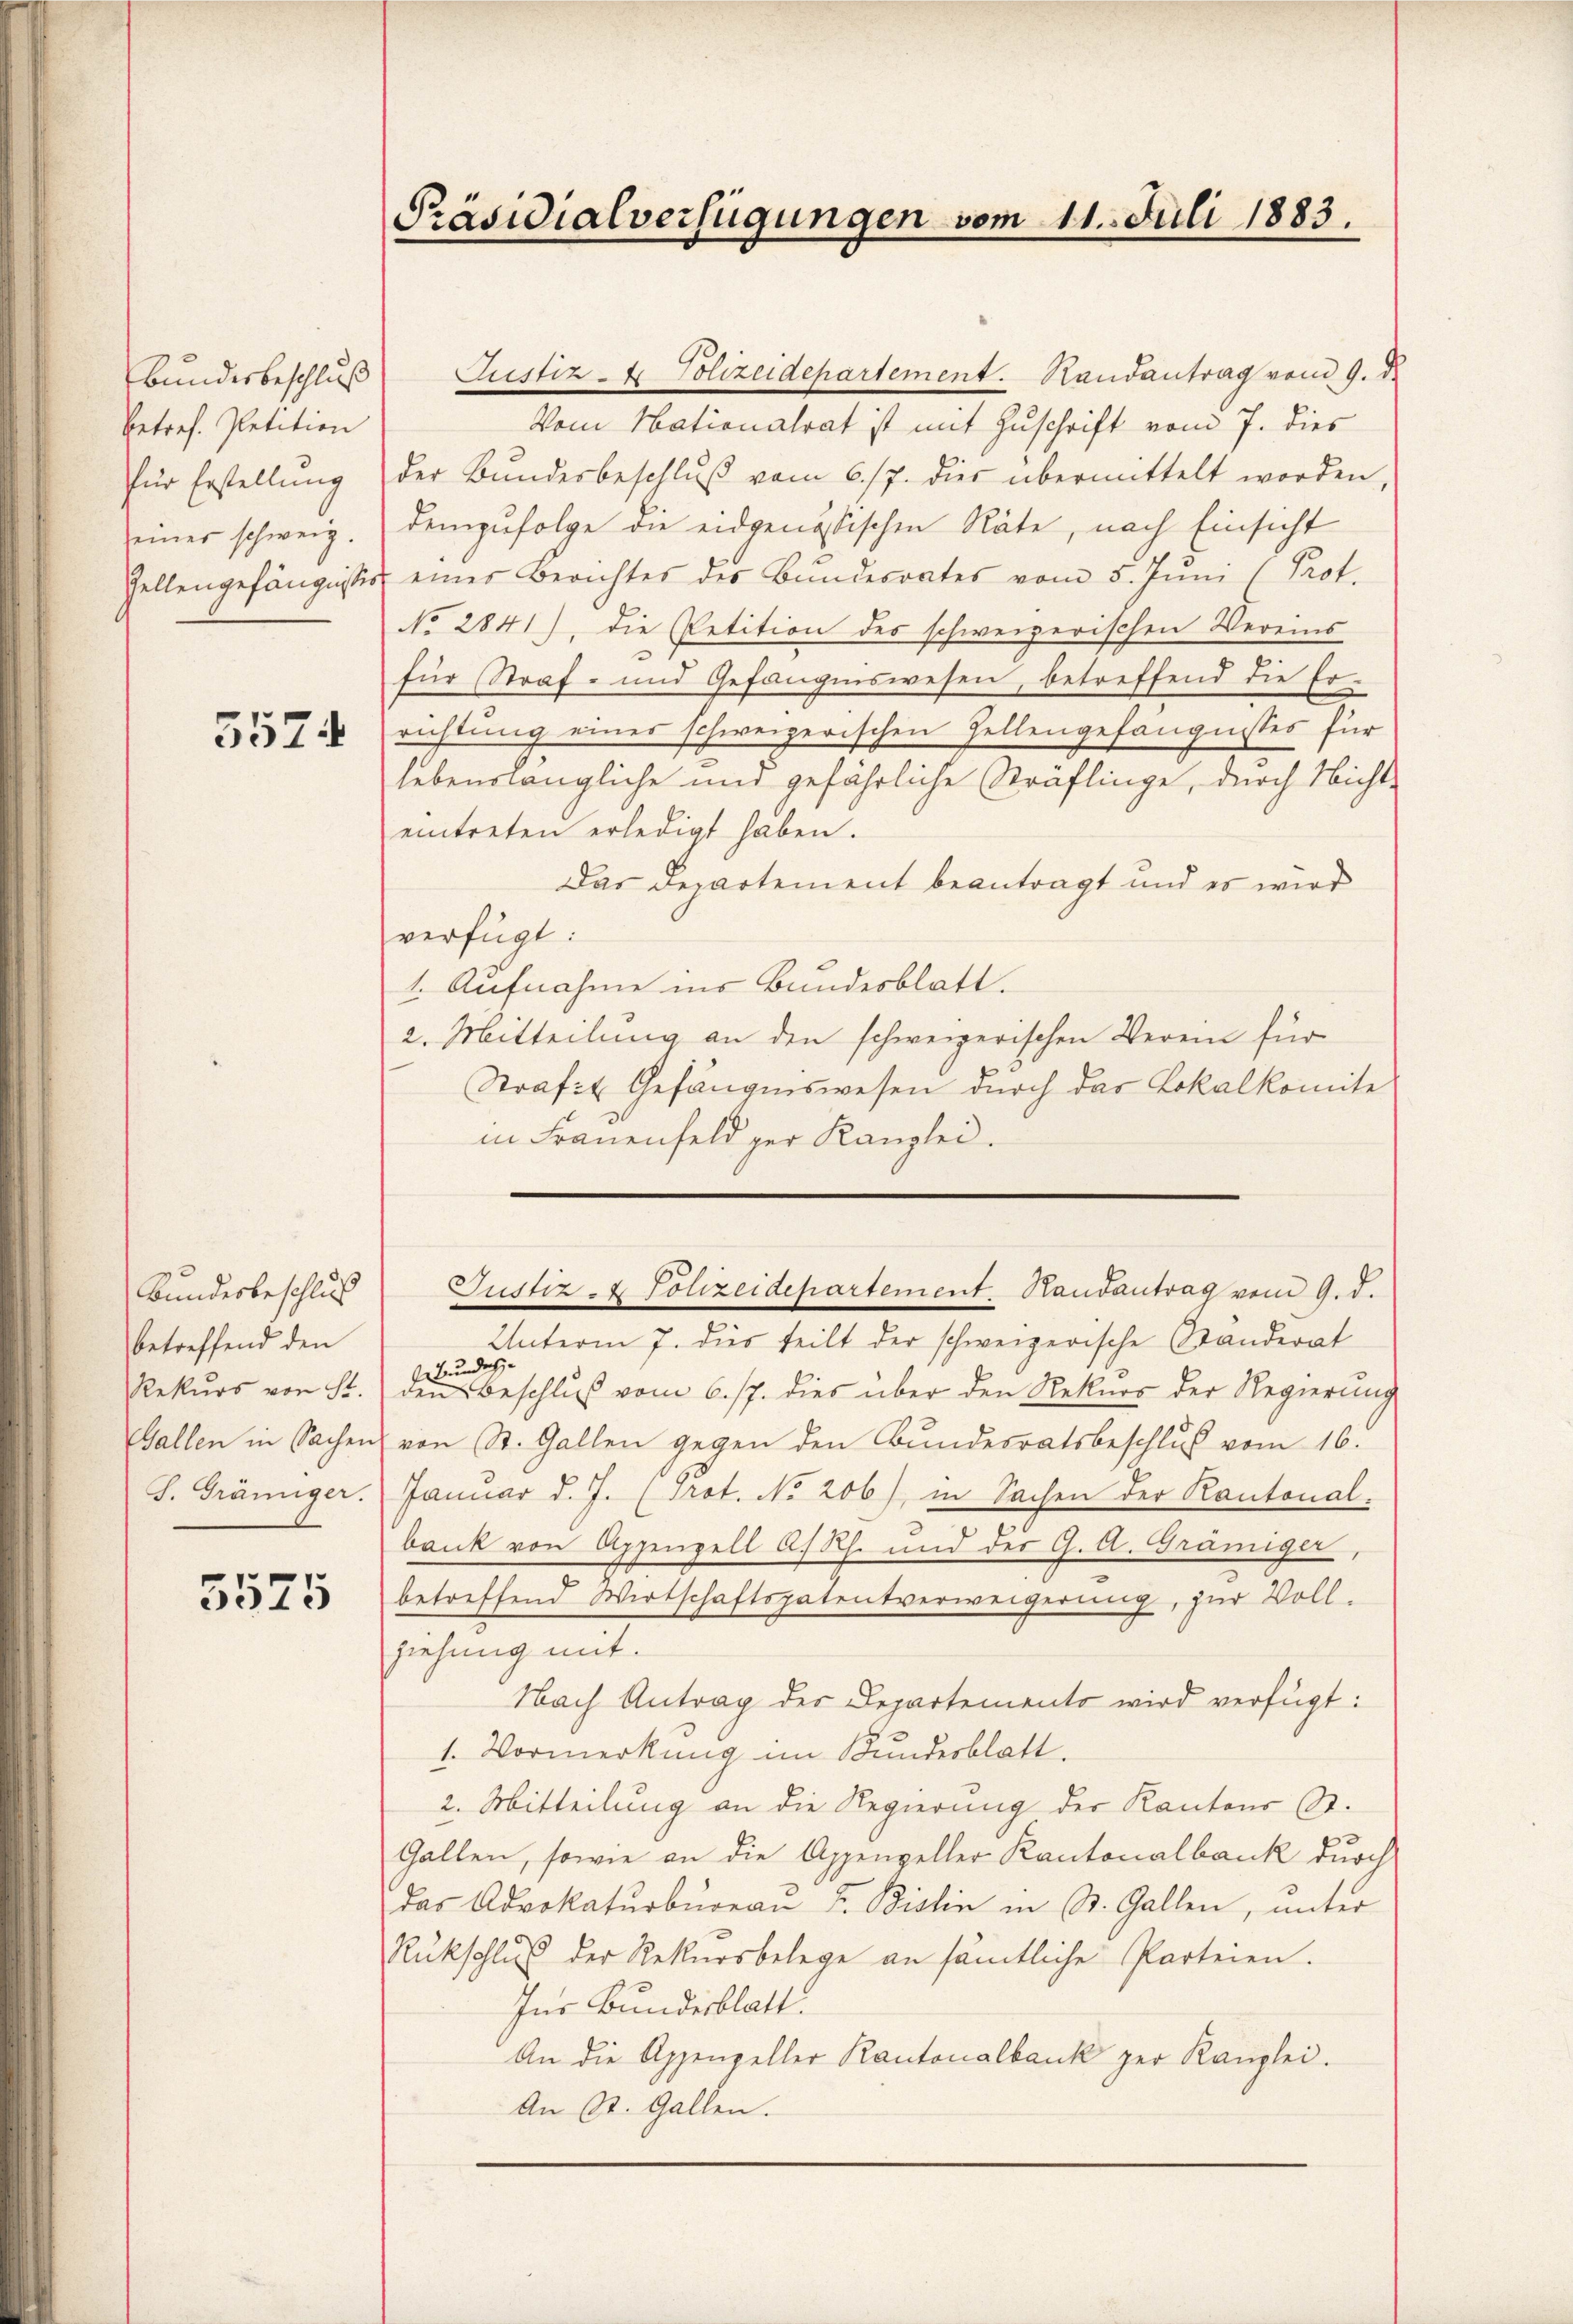
Bundesbeschluß
betref. Petition
für Erstellung
einer schweiz.
Zellengefängnisses

5574

Bundesbeschluß
betreffend den
Rekurs von St.
S. Gräniger.

5575

Präsidialverfügungen vom 11. Juli 1883.

Justiz- & Polizeidepartement. Randantrag vom 9. d.
Vom Nationalrat ist mit Zuschrift vom 7. dies
der Bŭndesbeschlŭβ vom 6./7. dies übermittelt worden,
demzufolge die eidgenössischen Räte, nach Einsicht
einer Berichtes des Bundesrates vom 5. Jŭni (Prof.
No 2841), die Petition des schweizerischen Vereins
für Straf- und Gefängniswesen, betreffend die Er-
richtung eines schweizerischen Zellengefängnisses für
lebenslängliche und gefährliche Sträflinge, durch Nichteintreten erledigt haben.
Das Departement beantragt und es wird
verfügt:
1. Aufnahme ins Bundesblatt.
2. Mitteilung an den schweizerischen Verein für
Straft Gefängniswesen durch das Lokalkomite
in Frauenfeld per Kanzlei.

Justiz- & Polizeidepartement. Handantrag vom 9. d.

Unterm 7. dies teilt der schweizerische Standerat
Bundes
den Beschluß vom 6. 17. dies über den Rekurs der Regierung
Gallen in Sachen von St. Gallen gegen den Bundesratsbeschluß vom 16.
Januar d. J. Prot. No 206), in Sachen der Kantonal-
bank von Appenzell A/Rh. und der G. A. Gräniger,
betreffend Wirtschaftspatentverweigerung, zur Vollziehung mit.
Nach Antrag der Departements wird verfügt:
1. Vormerkung im Kundesblatt.
2. Mitteilung an die Regierung der Kantons St.
Gallen, sowie an die Appenzeller Kantonalbank durch
das Advokaturbüreaŭ u. Bislin in St. Gallen, unter
Rückschluß der Rekursbelege an sämtliche Parteien.
Ins Bundesblatt.
An die Appenzeller Kantonalbank zur Kanzlei.
An St. Gallen.